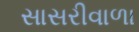
સાસરીવાળા